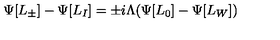
\Psi [ L _ { \pm } ] - \Psi [ L _ { I } ] = \pm i \Lambda ( \Psi [ L _ { 0 } ] - \Psi [ L _ { W } ] )